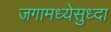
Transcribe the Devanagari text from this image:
जगामध्येसुध्दा